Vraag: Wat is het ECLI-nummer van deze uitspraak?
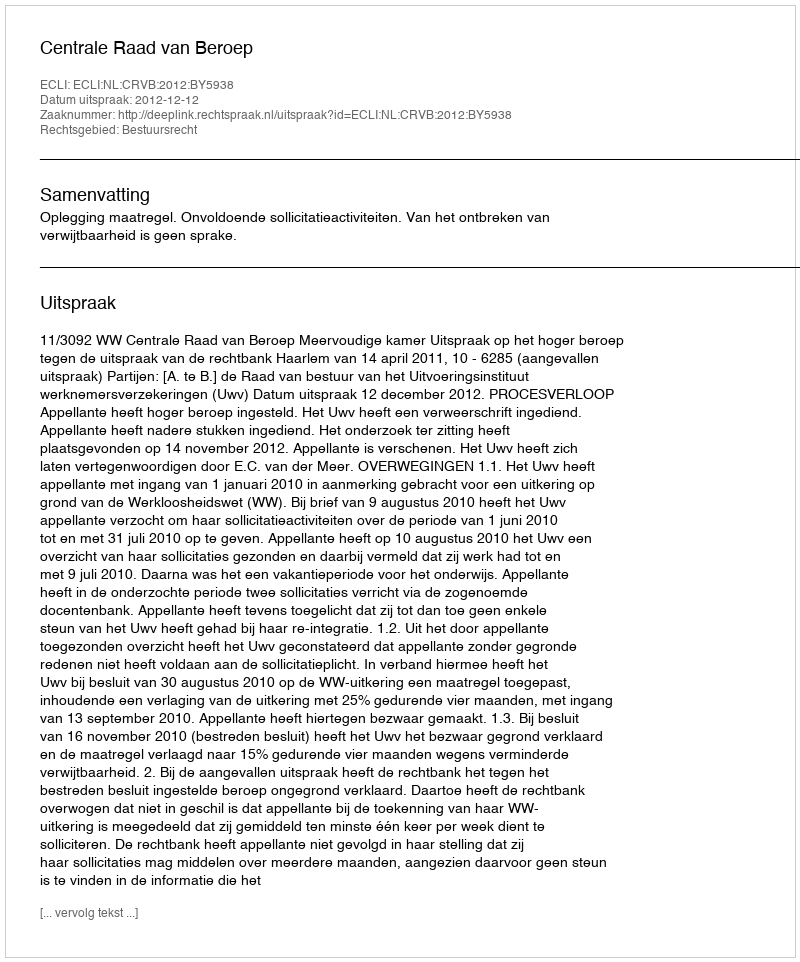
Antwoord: ECLI:NL:CRVB:2012:BY5938